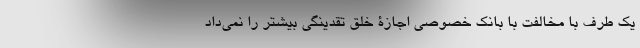
یک طرف با مخالفت با بانک خصوصی اجازۀ خلق تقدینگی بیشتر را نمی‌داد